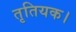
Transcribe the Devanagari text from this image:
तृतियक।